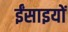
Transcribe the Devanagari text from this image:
ईंसाइयों